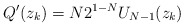
\begin{align*}Q'(z_{k}) = N2^{1-N} U_{N-1}(z_{k})\end{align*}